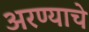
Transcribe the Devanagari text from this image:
अरण्याचे